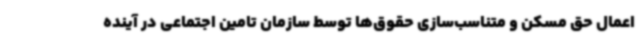
اعمال حق مسکن و متناسب‌سازی حقوق‌ها توسط سازمان تامین اجتماعی در آینده